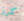
كرز